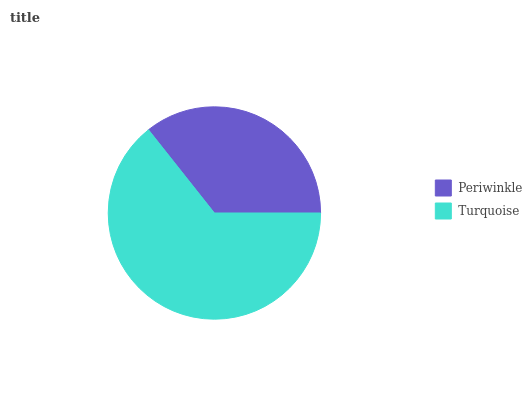
| Periwinkle | Turquoise |
 | --- | --- |
 | 35.7% | 64.3% |